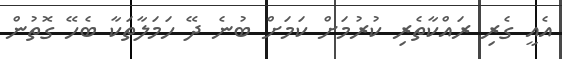
އެއީ ގެރި ރައްކާތެރި ކުރުމަށް ކަމަށް ބުނެ ދޭ ހަމަލާތަކާ ބެހޭ ގޮތުން